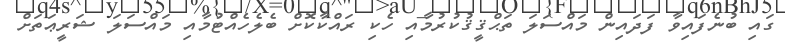
ގައި ބުނެފައިވާ ފަދައިން މައްސަލަ ތަޙްޤީޤުކުރުމާއި ހެކި ރައްކާކޮށް ބެލެހެއްޓުމާއި މައްސަލަ ޝަރީޢަތަށް